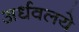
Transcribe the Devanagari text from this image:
अर्धवलये